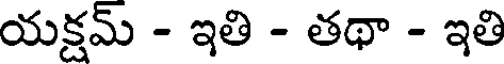
యక్షమ్ - ఇతి - తథా - ఇతి